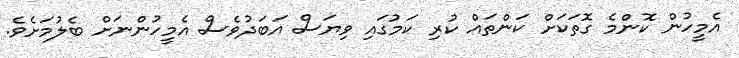
އެމީހުން ކޮންމެ ގޮތަކަށް ކަންތައް ކުރި ކަމުގައި ވިޔަސް އަބަދުވެސް އެމީހުންނަށް ބެލުމަށެވެ.